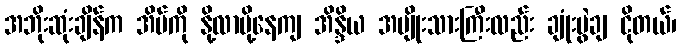
အဘိုးဆုံးချိန်က အိမ်ကို နို့လာပို့နေကျ အိန္ဒိယ အမျိုးသားကြီးလည်း ချုံးပွဲချ ငိုတယ်၊